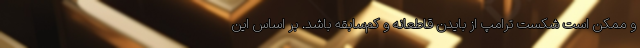
و ممکن است شکست ترامپ از بایدن قاطعانه و کم‌سابقه باشد. بر اساس این